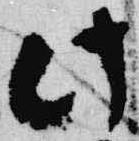
此